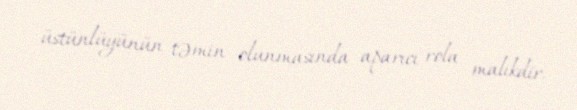
üstünlüyünün təmin olunmasında aparıcı rola malikdir.